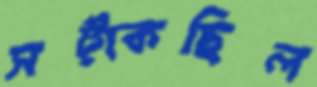
সট্‌কেছিল